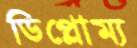
ডিপ্লোম্য